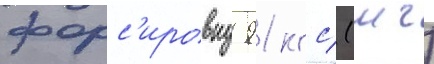
форс'ировку 91 кгс/ (мч)